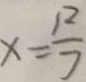
x = \frac { 1 2 } { 7 }